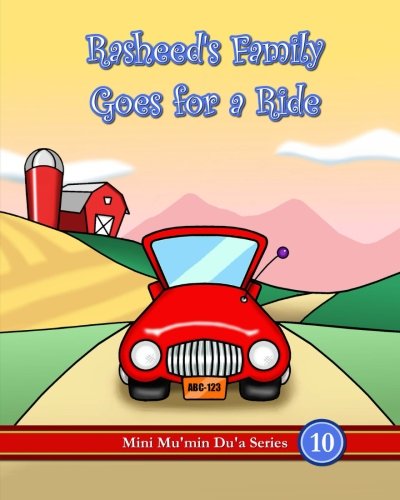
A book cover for Rasheed's Family Goes for a Ride (Mini Mu'min Du'a Series); Mini Mu'min Publications; Religion & Spirituality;